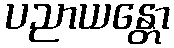
ပညာယန္တော